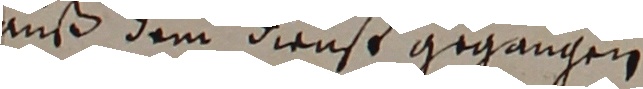
auß dem dienst gegangen